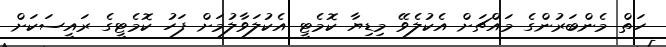
ހަތް މެންބަރުންގެ މައްޗަށް އެކުލެވޭ މިޑިޔާ ކޮމެޓީ އެކުލަވާލުމަށް ފަހު ކޮމެޓީގެ ރައީސަކަށް